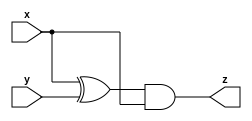
module mt2015_q4a(
  input x,
  input y,
  output z
);

  assign z = (x^y) & x;

endmodule